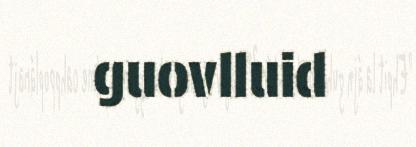
guovlluid